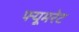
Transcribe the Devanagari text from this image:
फ्यूमरेट